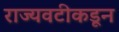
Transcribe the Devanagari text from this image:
राज्यवटीकडून